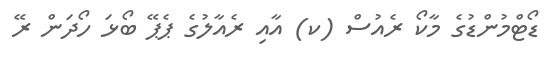
ޑޯޓްމުންޑުގެ މާކޯ ރެއުސް (ކ) އާއި ރެއާލުގެ ޕެޕޭ ބޯޅަ ހޯދަން ރޭ